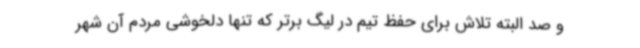
و صد البته تلاش برای حفظ تیم در لیگ برتر که تنها دلخوشی مردم آن شهر